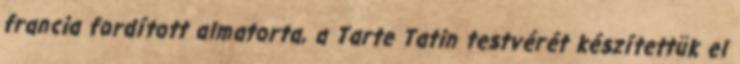
francia fordított almatorta, a Tarte Tatin testvérét készítettük el